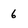
Character: 6